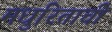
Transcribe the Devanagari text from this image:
मधुरिताची